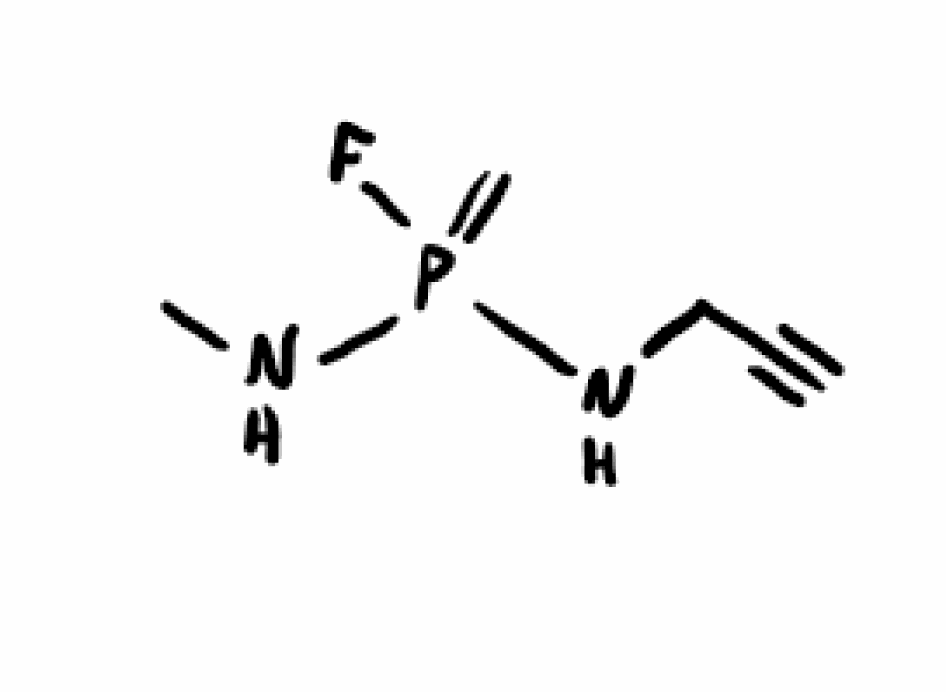
Simplified molecular-input line-entry system (SMILES) notation of the given molecule:
CNP(=C)(NCC#C)F